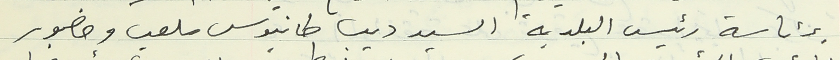
برئاسة رئيس البلدية السيد ديب طانيوس ملعب وحضور